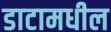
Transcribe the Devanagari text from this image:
डाटामधील